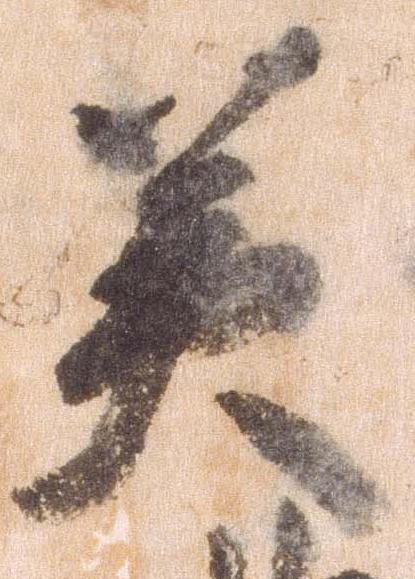
美